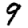
Digit: 9